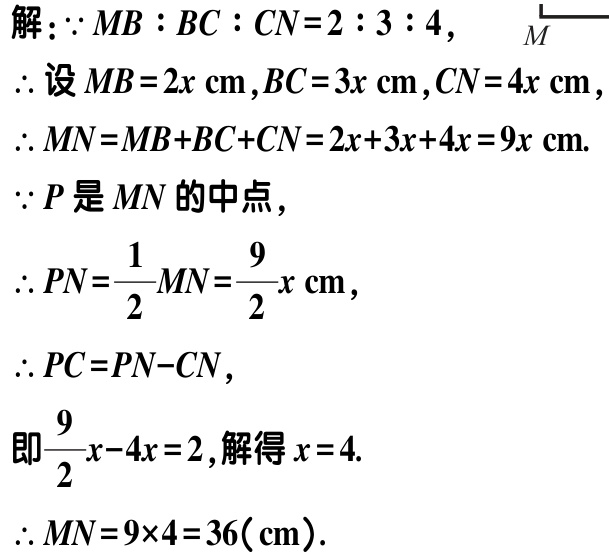
解：\(\because MB:BC:CN = 2:3:4\)，

\(\therefore\)设\(MB = 2x\ \text{cm}\)，\(BC = 3x\ \text{cm}\)，\(CN = 4x\ \text{cm}\)，

\(\therefore MN=MB + BC + CN = 2x + 3x + 4x = 9x\ \text{cm}\).

\(\because P\)是\(MN\)的中点，

\(\therefore PN=\dfrac{1}{2}MN=\dfrac{9}{2}x\ \text{cm}\)，

\(\therefore PC = PN - CN\)，

即\(\dfrac{9}{2}x - 4x = 2\)，解得\(x = 4\).

\(\therefore MN = 9\times4 = 36(\text{cm})\).